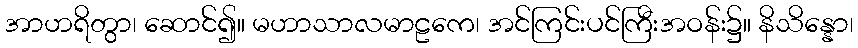
အာဟရိတွာ၊ ဆောင်၍။ မဟာသာလမာဠကေ၊ အင်ကြင်းပင်ကြီးအဝန်း၌။ နိသိန္နော၊